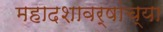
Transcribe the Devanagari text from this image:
महादशावर्षांच्या